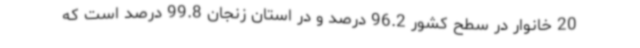
20 خانوار در سطح کشور 96.2 درصد و در استان زنجان 99.8 درصد است که